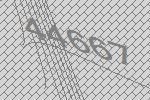
44667